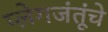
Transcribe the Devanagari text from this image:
प्लेगजंतूंचे